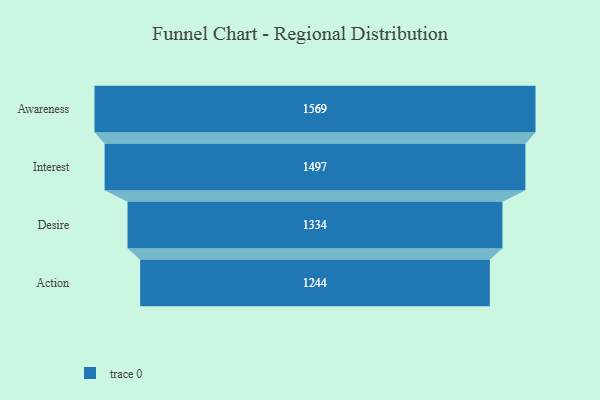
{"axis": {"x": "Stage", "y": "Value"}, "legend": [""], "data": [{"x": "Awareness", "y": 1569.0, "type": ""}, {"x": "Interest", "y": 1497.0, "type": ""}, {"x": "Desire", "y": 1334.0, "type": ""}, {"x": "Action", "y": 1244.0, "type": ""}]}